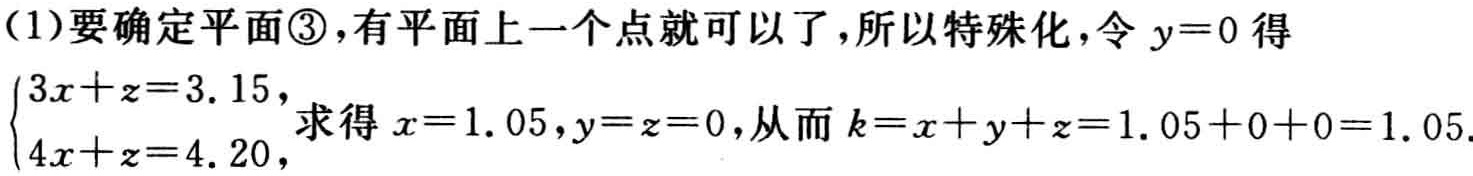
(1)要确定平面\textcircled{3},有平面上一个点就可以了,所以特殊化,令 \(y = 0\) 得

\(\begin{cases}3x + z = 3.15,\\4x + z = 4.20,\end{cases}\)求得 \(x = 1.05,y = z = 0\),从而 \(k=x + y+z = 1.05 + 0+0 = 1.05\).